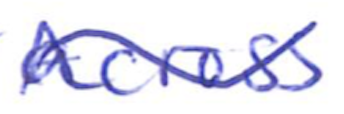
Text: across
Cross-out: wave
Writing tool: ballpoint